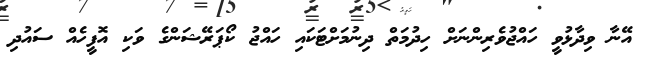
އޭނާ ވިދާޅުވީ ހައްޖުވެރިންނަށް ހިދުމަތް ދިނުމަށްޓަކައި ހައްޖު ކޯޕަރޭޝަންގެ ވަކި އޮފީހެއް ސައުދި